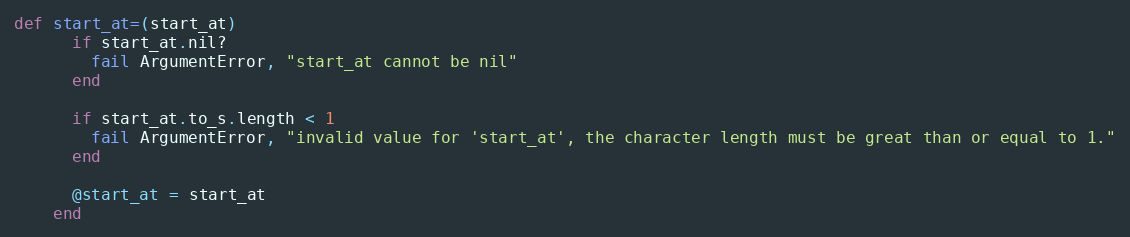
Language: Ruby
def start_at=(start_at)
      if start_at.nil?
        fail ArgumentError, "start_at cannot be nil"
      end

      if start_at.to_s.length < 1
        fail ArgumentError, "invalid value for 'start_at', the character length must be great than or equal to 1."
      end

      @start_at = start_at
    end